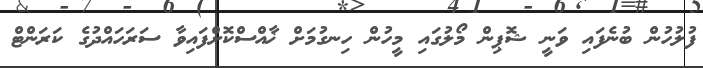
ފުލުހުން ބުނެފައި ވަނީ ޝޮޕިން މޯލުގައި މީހުން ހިނގުމަށް ޚާއްސްކޮށްފައިވާ ސަރަހައްދުގެ ކަރަންޓް